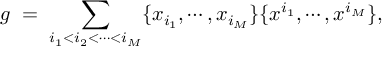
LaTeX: g \; = \; \sum _ { i _ { 1 } < i _ { 2 } < \cdots < i _ { M } } \{ x _ { i _ { 1 } } , \cdots , x _ { i _ { M } } \} \{ x ^ { i _ { 1 } } , \cdots , x ^ { i _ { M } } \} ,